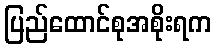
ပြည်ထောင်စုအစိုးရက